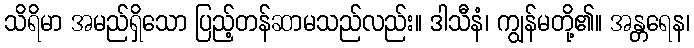
သိရိမာ အမည်ရှိသော ပြည့်တန်ဆာမသည်လည်း။ ဒါသီနံ၊ ကျွန်မတို့၏။ အန္တရေန၊